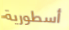
أسطورية